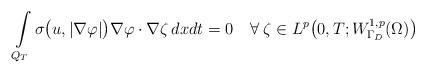
LaTeX: \begin{align*} \int\limits_{Q_T}\sigma\big(u,|\nabla\varphi|\big)\nabla\varphi\cdot\nabla\zeta\,dxdt=0\quad\forall\;\zeta\in L^p\big(0,T;W_{\Gamma_D}^{1,p}(\Omega)\big)\end{align*}